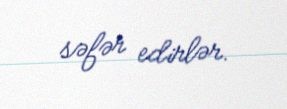
səfər edirlər.